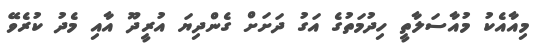
މިއާއެކު މުއާސަލާތީ ހިދުމަތުގެ އަގު ދަށަށް ގެންދިޔަ އުރީދޫ އާއި މެދު ކުރެވޭ